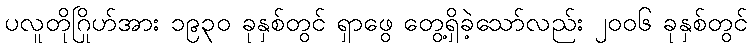
ပလူတိုဂြိုဟ်အား ၁၉၃၀ ခုနှစ်တွင် ရှာဖွေ တွေ့ရှိခဲ့သော်လည်း ၂၀၀၆ ခုနှစ်တွင်